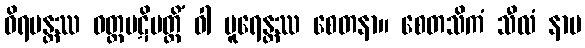
ဝိရမန္တဿ ဝတ္တပဋိပတ္တိံ ဝါ ပူရေန္တဿ စေတနာ။ စေတသိကံ သီလံ နာမ